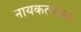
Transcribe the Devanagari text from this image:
नायकत्वाचा